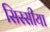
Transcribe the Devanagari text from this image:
सिस्सीया